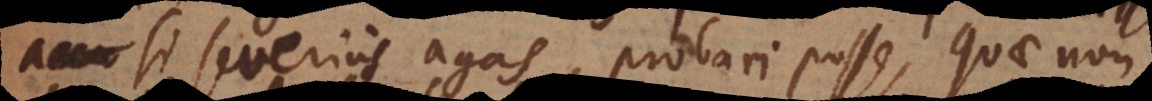
accu si severius agas, probari posse, quae non